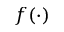
f ( \cdot )